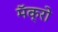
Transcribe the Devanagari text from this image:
मॅक्रो